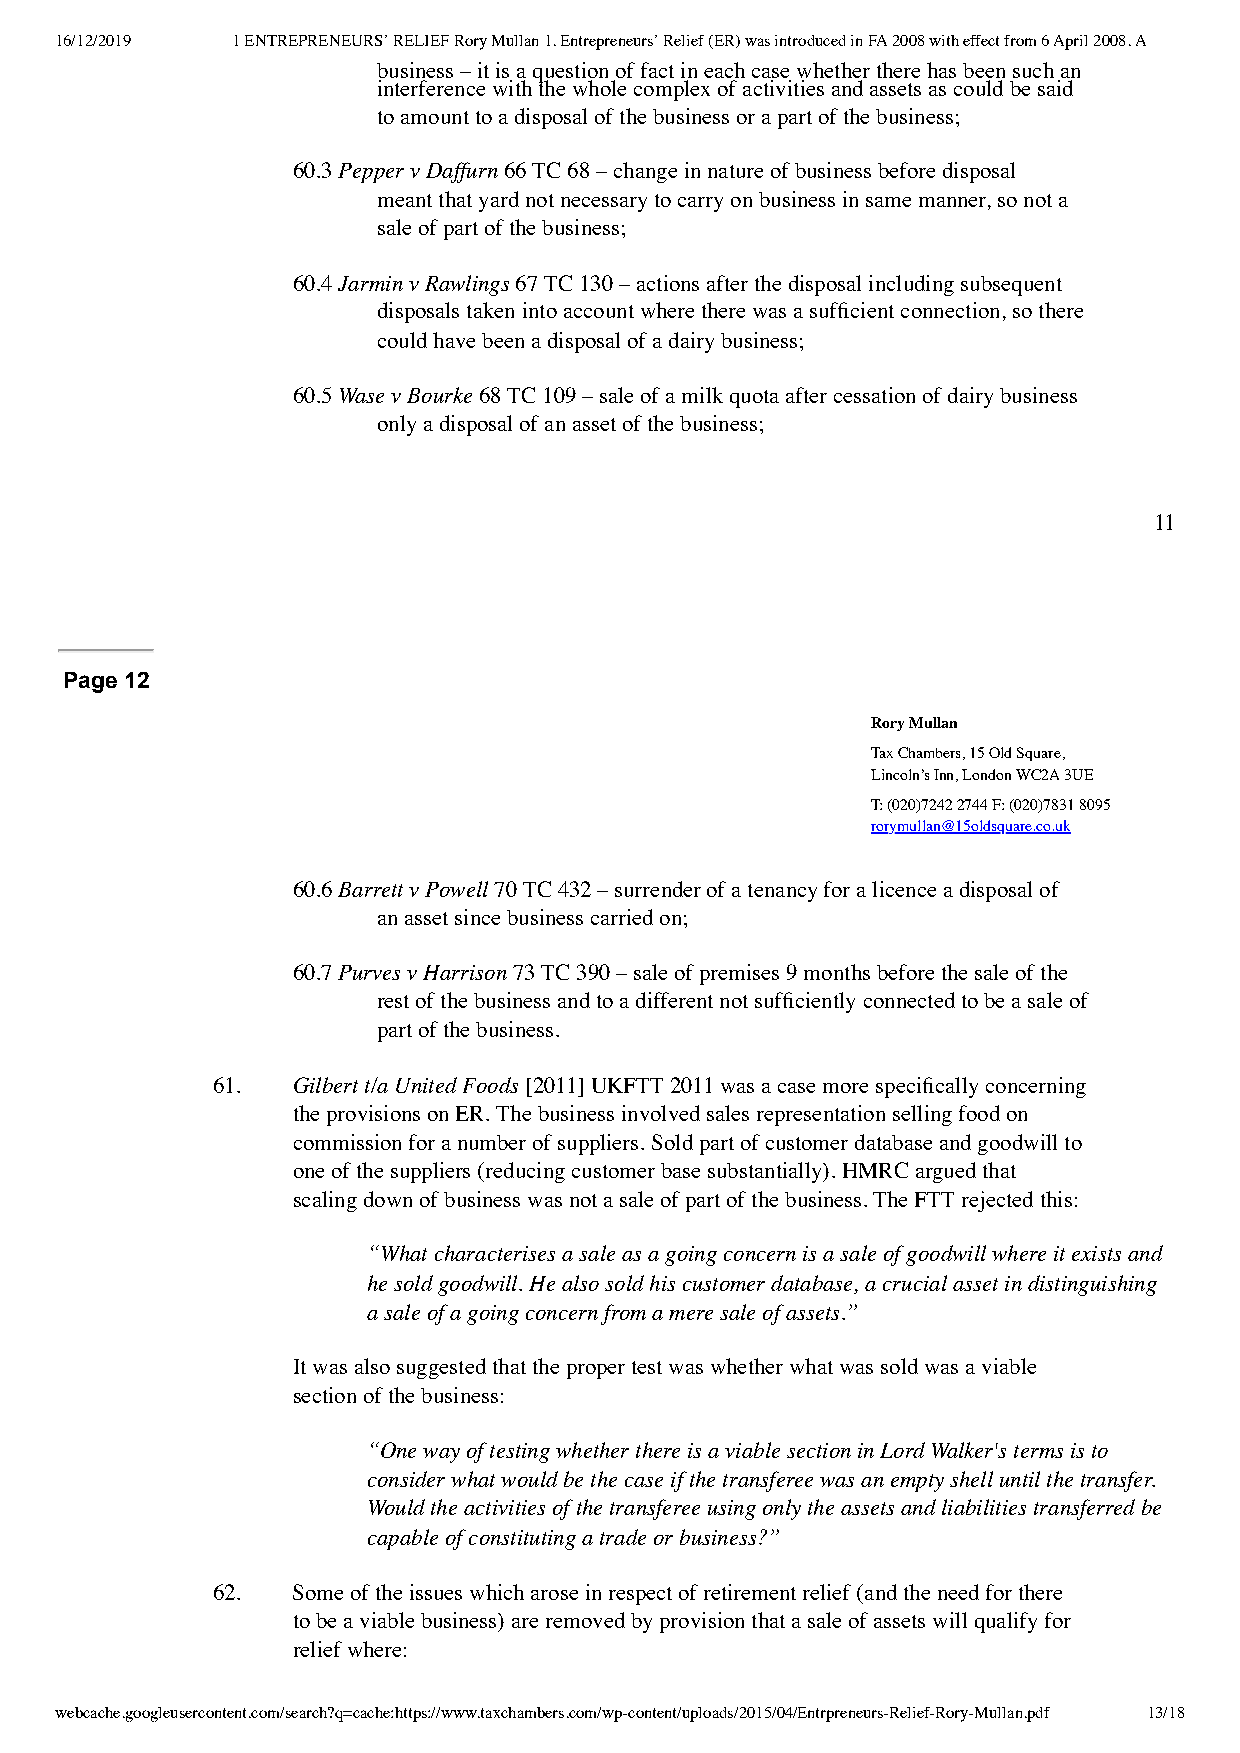
16/12/2019 1 ENTREPRENEURS’ RELIEF Rory Mullan 1. Entrepreneurs’ Relief (ER) was introduced in FA 2008 with effect from 6 April 2008. A
 business – it is a question of fact in each case whether there has been such an
 interference with the whole complex of activities and assets as could be said
 to amount to a disposal of the business or a part of the business;
 60.3 Pepper v Daffurn 66 TC 68 – change in nature of business before disposal
 meant that yard not necessary to carry on business in same manner, so not a
 sale of part of the business;
 60.4 Jarmin v Rawlings 67 TC 130 – actions after the disposal including subsequent
 disposals taken into account where there was a sufficient connection, so there
 could have been a disposal of a dairy business;
 60.5 Wase v Bourke 68 TC 109 – sale of a milk quota after cessation of dairy business
 only a disposal of an asset of the business;
 11
 Page 12
 Rory Mullan
 Tax Chambers, 15 Old Square,
 Lincoln’s Inn, London WC2A 3UE
 T: (020)7242 2744 F: (020)7831 8095
 rorymullan@15oldsquare.co.uk
 60.6 Barrett v Powell 70 TC 432 – surrender of a tenancy for a licence a disposal of
 an asset since business carried on;
 60.7 Purves v Harrison 73 TC 390 – sale of premises 9 months before the sale of the
 rest of the business and to a different not sufficiently connected to be a sale of
 part of the business.
 61.  Gilbert t/a United Foods [2011] UKFTT 2011 was a case more specifically concerning
 the provisions on ER. The business involved sales representation selling food on
 commission for a number of suppliers. Sold part of customer database and goodwill to
 one of the suppliers (reducing customer base substantially). HMRC argued that
 scaling down of business was not a sale of part of the business. The FTT rejected this:
 “What characterises a sale as a going concern is a sale of goodwill where it exists and
 he sold goodwill. He also sold his customer database, a crucial asset in distinguishing
 a sale of a going concern from a mere sale of assets.”
 It was also suggested that the proper test was whether what was sold was a viable
 section of the business:
 “One way of testing whether there is a viable section in Lord Walker's terms is to
 consider what would be the case if the transferee was an empty shell until the transfer.
 Would the activities of the transferee using only the assets and liabilities transferred be
 capable of constituting a trade or business?”
 62.  Some of the issues which arose in respect of retirement relief (and the need for there
 to be a viable business) are removed by provision that a sale of assets will qualify for
 relief where:
 webcache.googleusercontent.com/search?q=cache:https://www.taxchambers.com/wp-content/uploads/2015/04/Entrpreneurs-Relief-Rory-Mullan.pdf 13/18